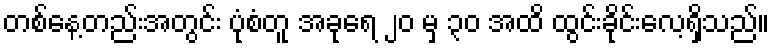
တစ်နေ့တည်းအတွင်း ပုံစံတူ အခုရေ ၂၀ မှ ၃၀ အထိ ထွင်းခိုင်းလေ့ရှိသည်။